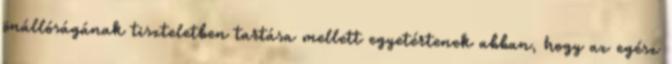
önállóságának tiszteletben tartása mellett egyetértenek abban, hogy az egész